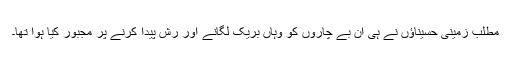
مطلب زمینی حسیناﺅں نے ہی ان بے چاروں کو وہاں بریک لگانے اور رش پیدا کرنے پر مجبور کیا ہوا تھا۔